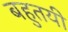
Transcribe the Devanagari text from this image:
बहुतयी